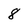
Character: 8